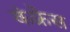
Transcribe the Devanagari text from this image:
कंफ्रेस